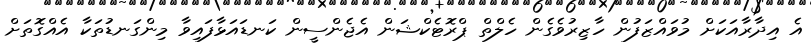
އެ އިދާރާއަކަށް މުވައްޒަފުން ހާޒިރުވެގެން ހެލްތް ޕްރޮޓެކްޝަން އެޖެންސީން ކަނޑައަޅާފައިވާ މިންގަނޑުތަކާ އެއްގޮތަށް